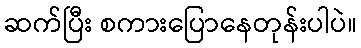
ဆက်ပြီး စကားပြောနေတုန်းပါပဲ။